Lunatic asylums Central Provinces reports 1910-1926 - 1910-1926
Year: 1910
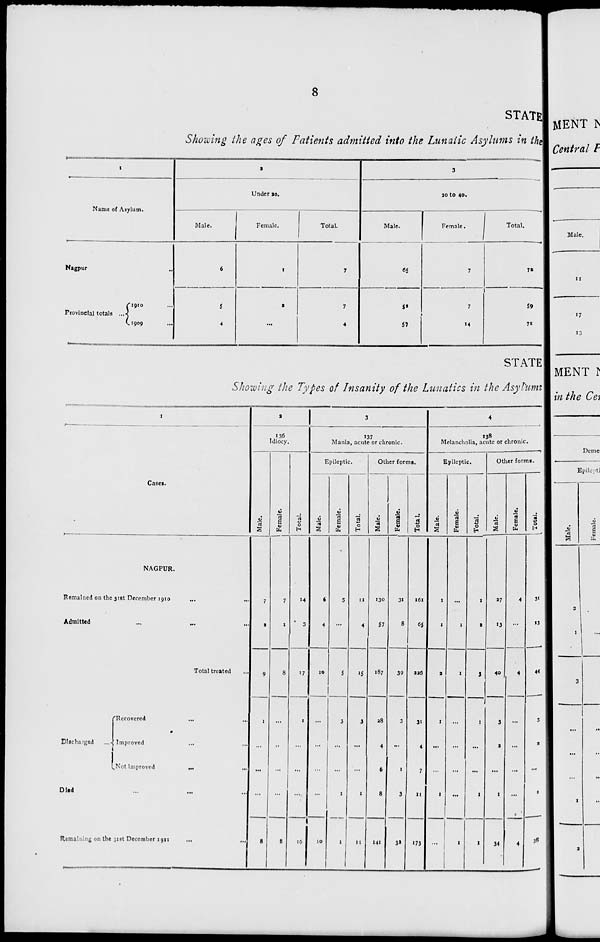
8
STATE
Showing the ages of Patients admitted into the Lunatic Asylums in the
1
Name of Asylum.
Nagpur ...
Provincial totals ....
1910 ...
1909 ...
2
Under 20.
Male.
6
5
4
Female.
1
2
...
Total.
7
7
4
3
20 to 40.
Male.
65
52
57
Female.
7
7
14
Total.
72
59
71
STATE
Showing the Types of Insanity of the Lunatics in the Asylums
1
Cases.
NAGPUR.
Remained on the 31st December 1910 ... ...
Admitted ... ... ...
Total treated ...
Discharged ...
Recovered
...
...
Improved ... ...
Not Improved
...
...
Died ... ...
Remaining on the 1st December 1911 ... ...
2
136
Idiocy.
Male.
7
2
9
1
...
...
...
8
Female.
7
1
8
...
...
...
...
8
Total.
14
3
17
1
...
...
...
16
3
137
Mania, acute or chronic.
Epileptic.
Male.
6
4
10
...
...
...
...
10
Female.
5
...
5
3
...
...
1
1
Total.
11
4
15
3
...
...
1
11
Other forms.
Male.
130
57
187
28
4
6
8
141
Female.
31
8
39
3
...
1
3
32
Total.
161
65
226
31
4
7
11
173
4
138
Melancholia, acute or chronic.
Epileptic.
Male.
1
1
2
1
...
...
1
...
Female.
...
1
1
...
...
...
...
1
Total.
1
2
3
1
...
...
1
1
Other forms.
Male.
27
13
40
3
2
...
1
34
Female.
4
...
4
...
...
...
...
4
Total.
31
13
44
3
2
...
1
38